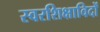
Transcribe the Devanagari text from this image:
स्वरशिक्षाविदों